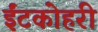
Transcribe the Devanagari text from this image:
ईंटकोहरी